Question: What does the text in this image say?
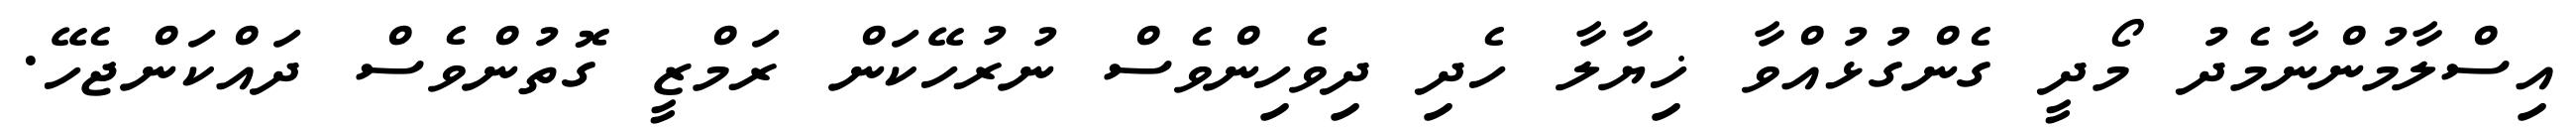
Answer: އިސްލާމުންނާމެދު މޯދީ ގެންގުޅުއްވާ ޚިޔާލާ ހެދި ދިވެހިންވެސް ނުރުހޭކަން ރަމްޒީ ގޮތުންވެސް ދައްކަންޖެހޭ.